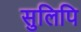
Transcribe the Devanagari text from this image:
सुलिपि